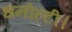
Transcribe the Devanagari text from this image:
धनोल्टी।